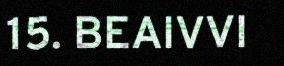
15. BEAIVVI